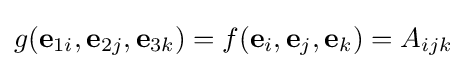
g({\textbf {e}}_{1i},{\textbf {e}}_{2j},{\textbf {e}}_{3k})=f({\textbf {e}}_{i},{\textbf {e}}_{j},{\textbf {e}}_{k})=A_{ijk}